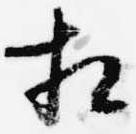
相